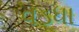
વડધા